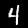
Digit: 4